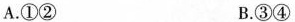
A.①② B.③④